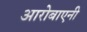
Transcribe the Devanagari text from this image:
आरोबाएनी